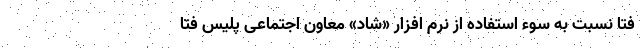
فتا نسبت به سوء استفاده از نرم افزار «شاد» معاون اجتماعی پلیس فتا